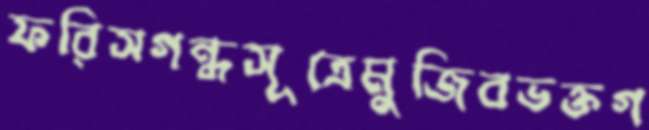
ফরিসগন্ধসূত্রেমুজিবভক্তগ